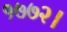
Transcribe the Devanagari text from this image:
१७७२।